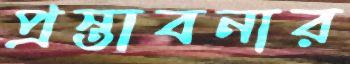
প্রস্তাবনার